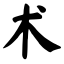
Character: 术